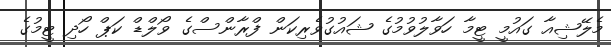
މެލޭޝިއާ ގައުމީ ޓީމާ ހަވާލުވުމުގެ ޝައުގުވެރިކަން ފްރާންސްގެ ވޯލްޑް ކަޕް ހޯދި ޓީމުގެ